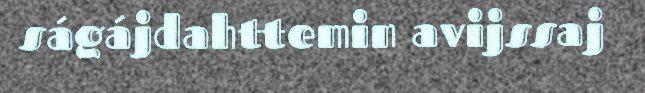
ságájdahttemin avijssaj